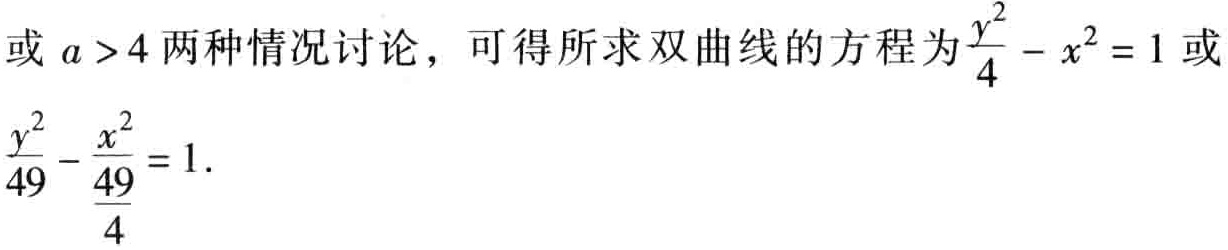
或 \(a > 4\)两种情况讨论，可得所求双曲线的方程为\(\frac{y^{2}}{4}-x^{2}=1\)或\(\frac{y^{2}}{49}-\frac{x^{2}}{\frac{49}{4}} = 1\).